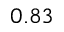
0 . 8 3